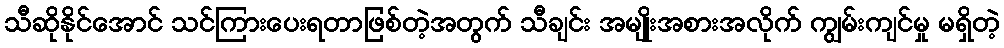
သီဆိုနိုင်အောင် သင်ကြားပေးရတာဖြစ်တဲ့အတွက် သီချင်း အမျိုးအစားအလိုက် ကျွမ်းကျင်မှု မရှိတဲ့